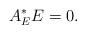
LaTeX: \begin{align*}A_{E}^{\ast }E=0. \end{align*}